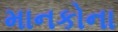
માનકોના